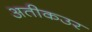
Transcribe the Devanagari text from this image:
अतीकउर